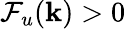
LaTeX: \mathcal{F}_{u}({\mathbf k})>0